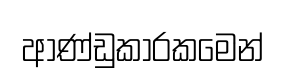
ආණ්ඩුකාරකමෙන්